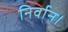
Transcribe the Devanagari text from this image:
निर्वान।